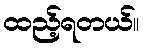
ထည့်ရတယ်။